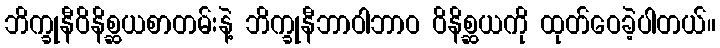
ဘိက္ခုနီဝိနိစ္ဆယစာတမ်းနဲ့ ဘိက္ခုနီဘာဝါဘာဝ ဝိနိစ္ဆယကို ထုတ်ဝေခဲ့ပါတယ်။